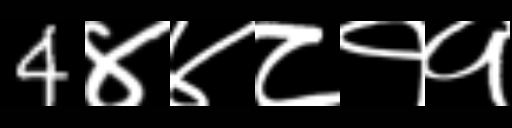
Text: 4४४८११